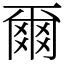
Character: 爾